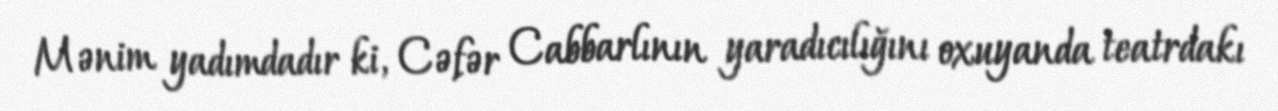
Mənim yadımdadır ki, Cəfər Cabbarlının yaradıcılığını oxuyanda teatrdakı